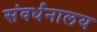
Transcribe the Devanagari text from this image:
संवर्धनालय